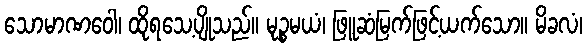
သောမာဏဝေါ၊ ထိုရသေ့ပျိုသည်။ မုဉ္စမယံ၊ ဖြူဆံမြက်ဖြင့်ယက်သော။ မိခလံ၊